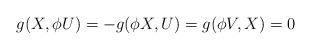
LaTeX: \begin{align*}g(X,\phi U)=-g(\phi X,U)=g(\phi V,X)=0\end{align*}